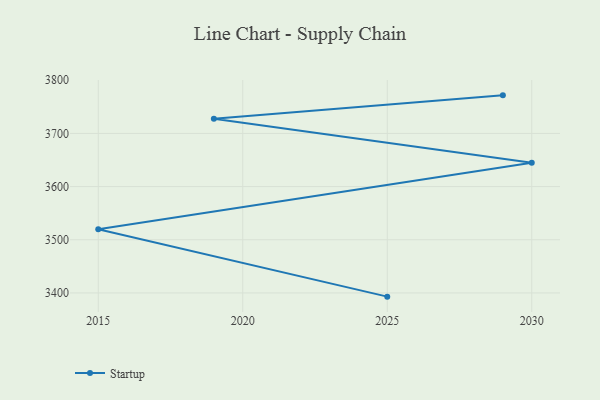
{"axis": {"x": "Year", "y": "Budget (USD K)"}, "legend": ["Startup"], "data": [{"x": "2029", "y": 3771.6, "type": "Startup"}, {"x": "2019", "y": 3727.7, "type": "Startup"}, {"x": "2030", "y": 3644.7, "type": "Startup"}, {"x": "2015", "y": 3519.7, "type": "Startup"}, {"x": "2025", "y": 3393.0, "type": "Startup"}]}